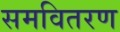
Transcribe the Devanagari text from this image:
समवितरण